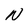
Character: N